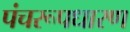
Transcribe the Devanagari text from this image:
पंचरूपधारण